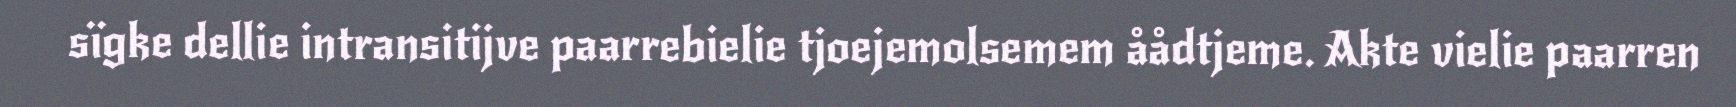
sïgke dellie intransitijve paarrebielie tjoejemolsemem åådtjeme. Akte vielie paarren